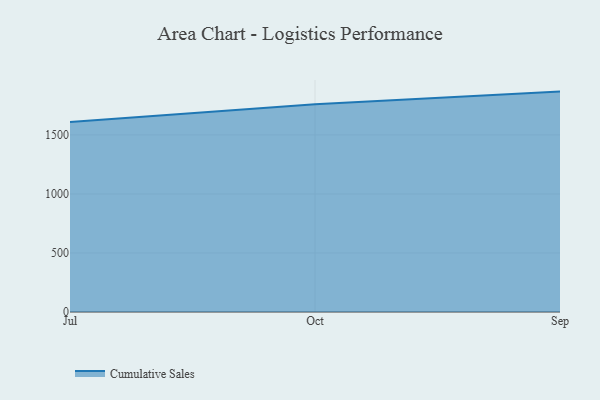
{"axis": {"x": "Month", "y": "Humidity (%)"}, "legend": ["Cumulative Sales"], "data": [{"x": "Jul", "y": 1609.0, "type": "Cumulative Sales"}, {"x": "Oct", "y": 1760.4, "type": "Cumulative Sales"}, {"x": "Sep", "y": 1867.1, "type": "Cumulative Sales"}]}